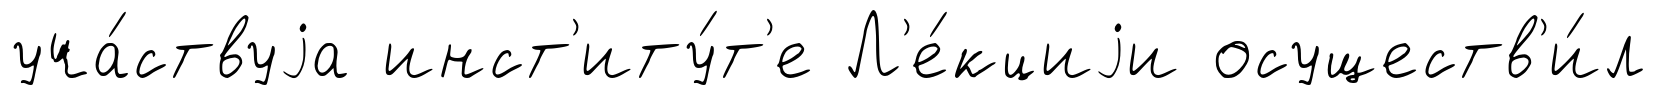
уча́ствуjа инст'иту́т'е Л'е́кциjи осуществ'и́л